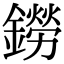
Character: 鐒